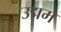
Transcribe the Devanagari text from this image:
उद्मम